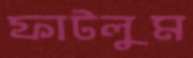
ফাটলুম